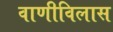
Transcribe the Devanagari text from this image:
वाणीविलास